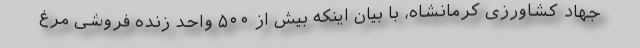
جهاد کشاورزی کرمانشاه، با بیان اینکه بیش‌ از ۵۰۰ واحد زنده فروشی مرغ